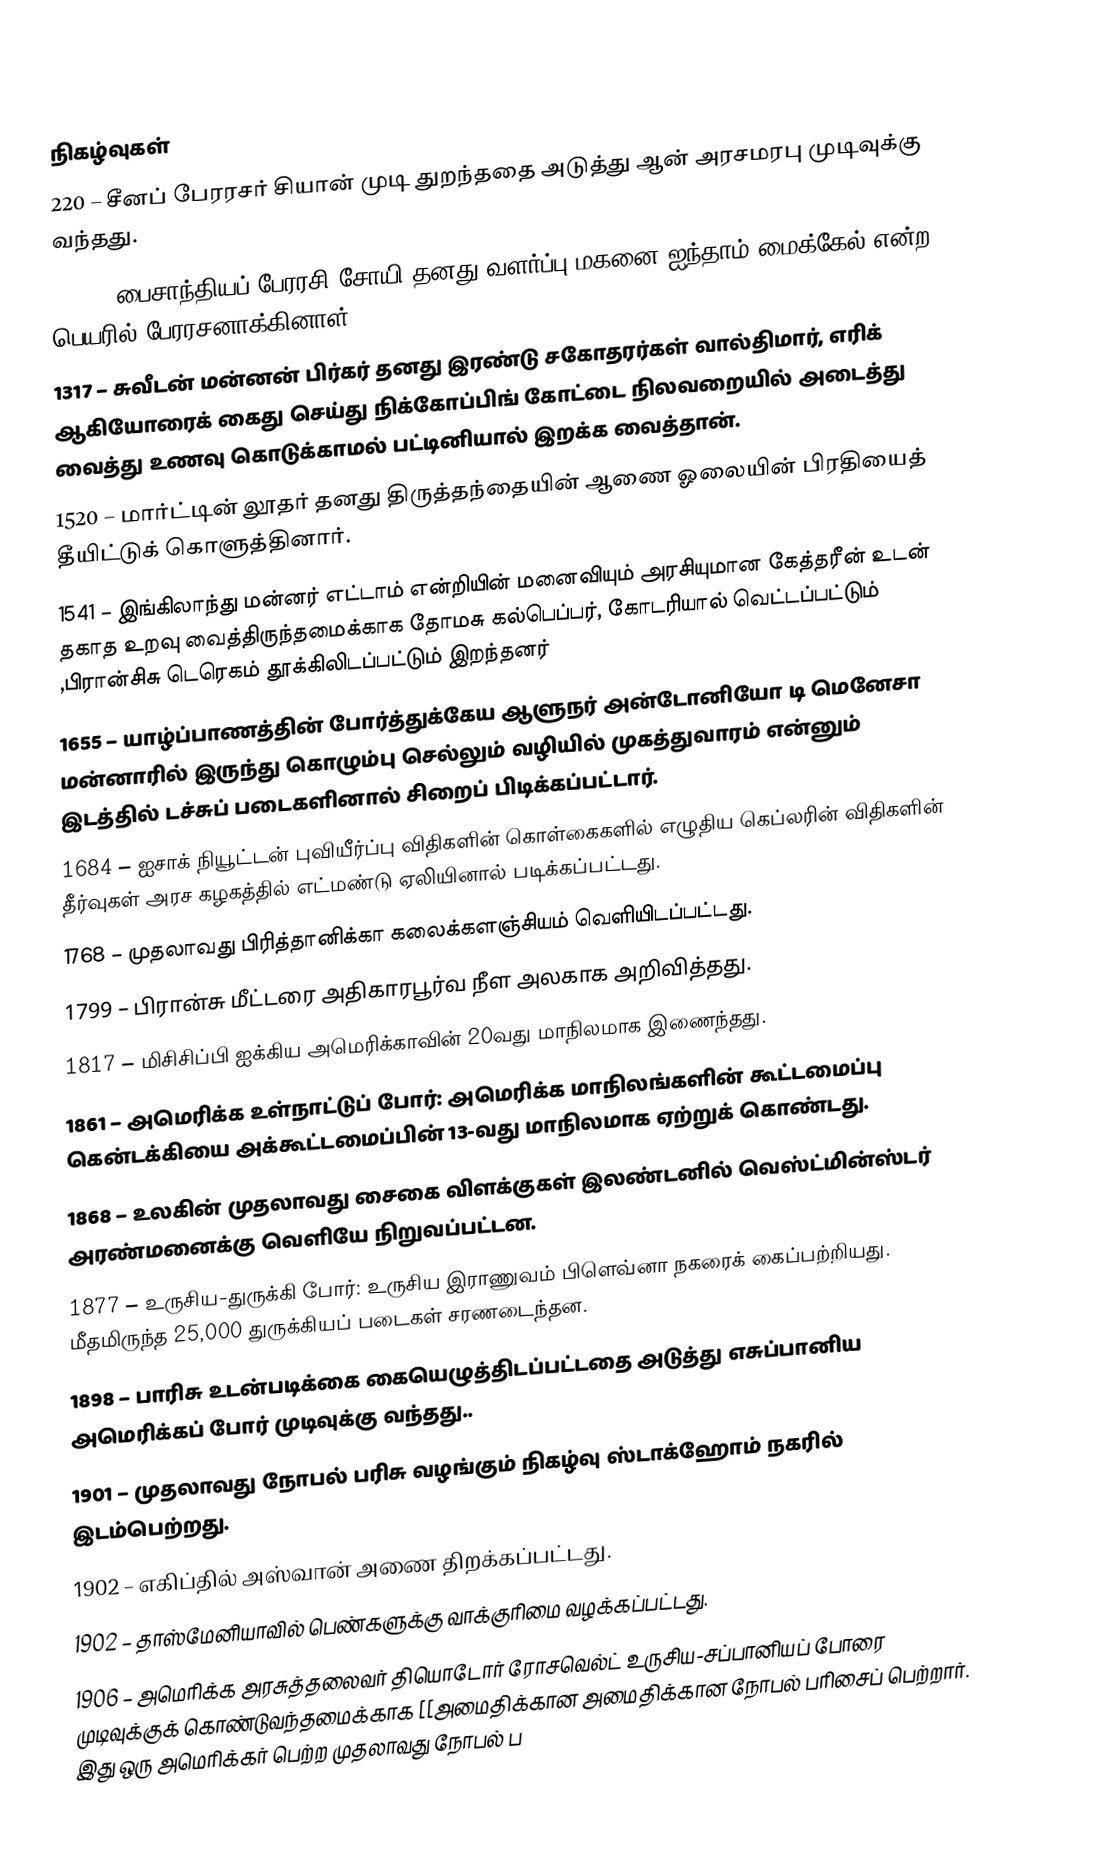

நிகழ்வுகள்
220 – சீனப் பேரரசர் சியான் முடி துறந்ததை அடுத்து ஆன் அரசமரபு முடிவுக்கு வந்தது.
1041 – பைசாந்தியப் பேரரசி சோயி தனது வளர்ப்பு மகனை ஐந்தாம் மைக்கேல் என்ற பெயரில் பேரரசனாக்கினாள்.
1317 – சுவீடன் மன்னன் பிர்கர் தனது இரண்டு சகோதரர்கள் வால்திமார், எரிக் ஆகியோரைக் கைது செய்து நிக்கோப்பிங் கோட்டை நிலவறையில் அடைத்து வைத்து உணவு கொடுக்காமல் பட்டினியால் இறக்க வைத்தான்.
1520 – மார்ட்டின் லூதர் தனது திருத்தந்தையின் ஆணை ஓலையின் பிரதியைத் தீயிட்டுக் கொளுத்தினார்.
1541 – இங்கிலாந்து மன்னர் எட்டாம் என்றியின் மனைவியும் அரசியுமான கேத்தரீன் உடன் தகாத உறவு வைத்திருந்தமைக்காக தோமசு கல்பெப்பர், கோடரியால் வெட்டப்பட்டும் ,பிரான்சிசு டெரெகம் தூக்கிலிடப்பட்டும் இறந்தனர்
1655 – யாழ்ப்பாணத்தின் போர்த்துக்கேய ஆளுநர் அன்டோனியோ டி மெனேசா மன்னாரில் இருந்து கொழும்பு செல்லும் வழியில் முகத்துவாரம் என்னும் இடத்தில் டச்சுப் படைகளினால் சிறைப் பிடிக்கப்பட்டார்.
1684 – ஐசாக் நியூட்டன் புவியீர்ப்பு விதிகளின் கொள்கைகளில் எழுதிய கெப்லரின் விதிகளின் தீர்வுகள் அரச கழகத்தில் எட்மண்டு ஏலியினால் படிக்கப்பட்டது.
1768 – முதலாவது பிரித்தானிக்கா கலைக்களஞ்சியம் வெளியிடப்பட்டது.
1799 – பிரான்சு மீட்டரை அதிகாரபூர்வ நீள அலகாக அறிவித்தது.
1817 – மிசிசிப்பி ஐக்கிய அமெரிக்காவின் 20வது மாநிலமாக இணைந்தது.
1861 – அமெரிக்க உள்நாட்டுப் போர்: அமெரிக்க மாநிலங்களின் கூட்டமைப்பு கென்டக்கியை அக்கூட்டமைப்பின் 13-வது மாநிலமாக ஏற்றுக் கொண்டது.
1868 – உலகின் முதலாவது சைகை விளக்குகள் இலண்டனில் வெஸ்ட்மின்ஸ்டர் அரண்மனைக்கு வெளியே நிறுவப்பட்டன.
1877 – உருசிய-துருக்கி போர்: உருசிய இராணுவம் பிளெவ்னா நகரைக் கைப்பற்றியது. மீதமிருந்த 25,000 துருக்கியப் படைகள் சரணடைந்தன.
1898 – பாரிசு உடன்படிக்கை கையெழுத்திடப்பட்டதை அடுத்து எசுப்பானிய அமெரிக்கப் போர் முடிவுக்கு வந்தது..
1901 – முதலாவது நோபல் பரிசு வழங்கும் நிகழ்வு ஸ்டாக்ஹோம் நகரில் இடம்பெற்றது.
1902 – எகிப்தில் அஸ்வான் அணை திறக்கப்பட்டது.
1902 – தாஸ்மேனியாவில் பெண்களுக்கு வாக்குரிமை வழக்கப்பட்டது.
1906 – அமெரிக்க அரசுத்தலைவர் தியொடோர் ரோசவெல்ட் உருசிய-சப்பானியப் போரை முடிவுக்குக் கொண்டுவந்தமைக்காக [[அமைதிக்கான அமைதிக்கான நோபல் பரிசைப் பெற்றார். இது ஒரு அமெரிக்கர் பெற்ற முதலாவது நோபல் ப